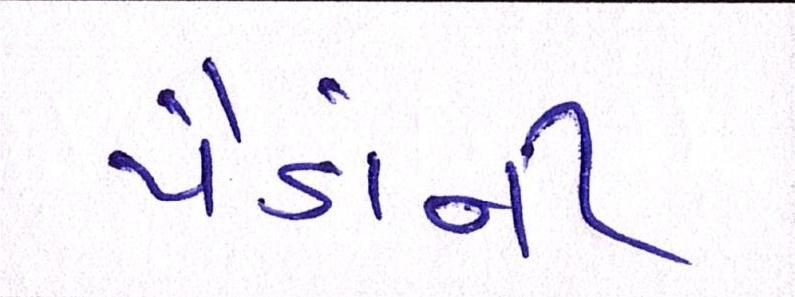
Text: પૈડાંની